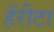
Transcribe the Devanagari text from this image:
हेंरीटा